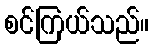
စင်ကြယ်သည်။